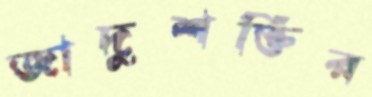
জাদুশক্তির